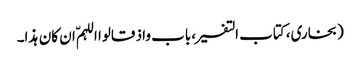
(بخاری، کتاب التفسیر، باب واذ قالوا اللہمّ ان کان ہذا۔